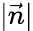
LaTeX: |{\vec{n}}|